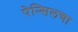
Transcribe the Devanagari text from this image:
पेन्सिलचा